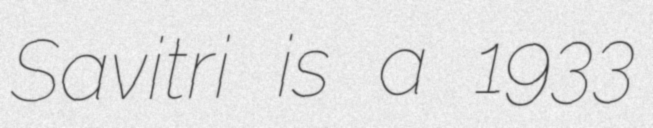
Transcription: Savitri is a 1933